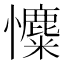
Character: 𢥐